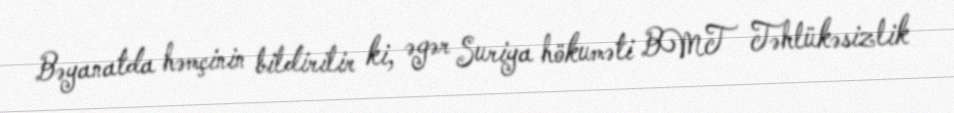
Bəyanatda həmçinin bildirilir ki, əgər Suriya hökuməti BMT Təhlükəsizlik